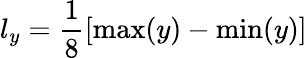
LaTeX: l_{y}=\frac{1}{8}\left[\operatorname*{max}(y)-\operatorname*{min}(y)\right]